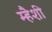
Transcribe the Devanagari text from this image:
म्हैशी